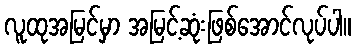
လူထုအမြင်မှာ အမြင့်ဆုံးဖြစ်အောင်လုပ်ပါ။